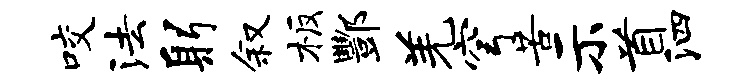
咬法躬叙板酆羌穹苦示首泗